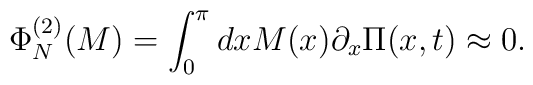
\Phi^{(2)}_N(M)=\int_{0}^{\pi}dxM(x)\partial_{x}\Pi(x,t)\approx 0.